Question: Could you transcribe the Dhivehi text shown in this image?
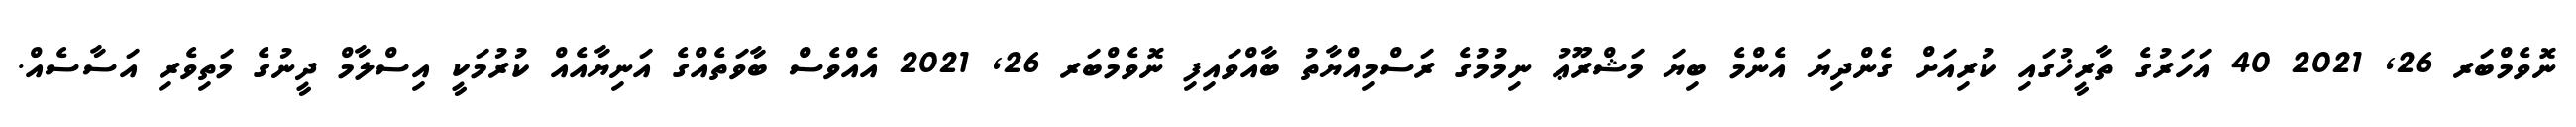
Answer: ނޮވެމްބަރ 26, 2021 40 އަހަރުގެ ތާރީޚުގައި ކުރިއަށް ގެންދިޔަ އެންމެ ބިޔަ މަޝްރޫޢު ނިމުމުގެ ރަސްމިއްޔާތު ބާއްވައިފި ނޮވެމްބަރ 26, 2021 އެއްވެސް ބާވަތެއްގެ އަނިޔާއެއް ކުރުމަކީ އިސްލާމް ދީނުގެ މަތިވެރި އަސާސެއް.